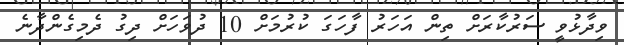
ވިދާޅުވީ ސަރުކާރަށް ތިން އަހަރު ފާހަގަ ކުރުމަށް 10 ދުވަހަށް ދިގު ދެމިގެންދާނެ